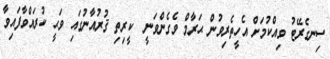
ސިނގެރޭޓު ވިއްކުމަށް އެހީތެރިވުން ޙަރާމް ވެގެންވަނީ  ކީރިތި ޤުރުއާނުގައި ވަޙީ ކުރައްވާފައިވާ